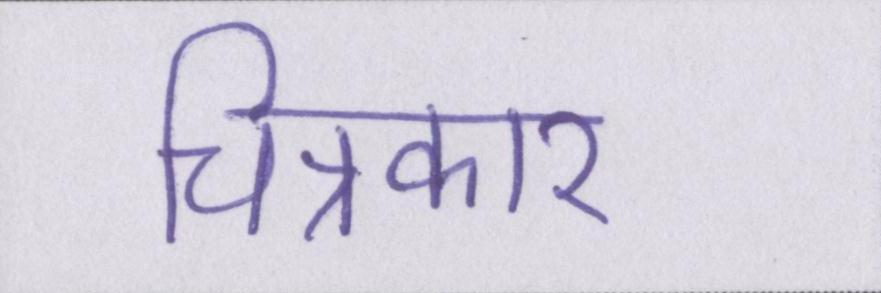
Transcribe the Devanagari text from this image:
चित्रकार